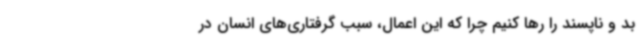
بد و ناپسند را رها کنیم چرا که این اعمال، سبب گرفتاری‌های انسان در